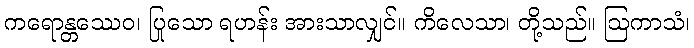
ကရောန္တဿေဝ၊ ပြုသော ရဟန်း အားသာလျှင်။ ကိလေသာ၊ တို့သည်။ ဩကာသံ၊